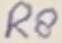
Text: RS